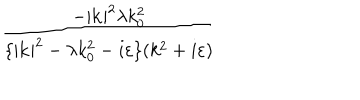
LaTeX: \frac { - | \mathbf { k } | ^ { 2 } \lambda k _ { 0 } ^ { 2 } } { \{ | \mathbf { k } | ^ { 2 } - \lambda k _ { 0 } ^ { 2 } - i \varepsilon \} ( k ^ { 2 } + i \varepsilon ) }